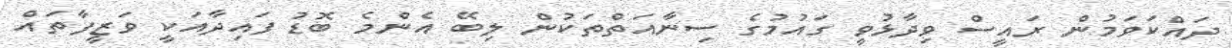
ދައްކަވަމުން ރައީސް ވިދާޅުވީ ގައުމުގެ ސިނާއަތްތަކުން ލިބޭ އެންމެ ބޮޑު ފައިދާއަކީ ވަޒީފާތައް